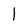
Character: 1